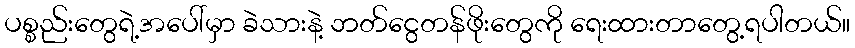
ပစ္စည်းတွေရဲ့အပေါ်မှာ ခဲသားနဲ့ ဘတ်ငွေတန်ဖိုးတွေကို ရေးထားတာတွေ့ရပါတယ်။